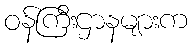
ဝန်ကြီးဌာနများက